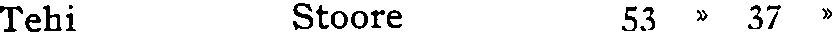
Tehi Stoore 53 » 37 »